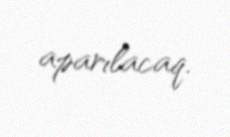
aparılacaq.